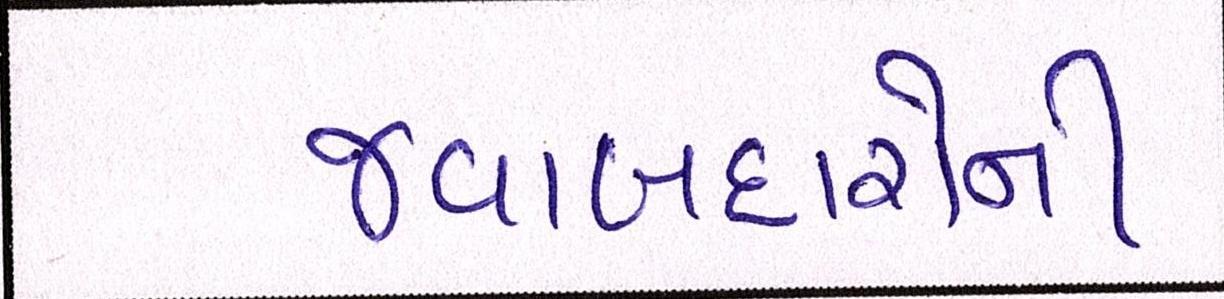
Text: જવાબદારોની